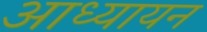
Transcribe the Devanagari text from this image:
आध्यायन